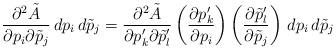
LaTeX: \begin{align*}\frac{\partial^{2} \tilde{A}}{\partial p_{i} \partial \tilde{p}_{j}} \, dp_{i} \, d\tilde{p}_{j} = \frac{\partial^{2} \tilde{A}}{\partial p_{k}' \partial \tilde{p}_{l}'} \left( \frac{\partial p_{k}'}{\partial p_{i}} \right) \left( \frac{\partial \tilde{p}_{l}'}{\partial \tilde{p}_{j}} \right) \, dp_{i} \, d\tilde{p}_{j}\end{align*}